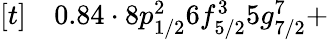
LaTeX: \begin{array}{rl}{[t]}&{{}0.84\cdot 8p_{1/2}^{2}6f_{5/2}^{3}5g_{7/2}^{7}+}\end{array}